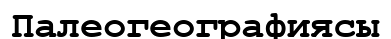
Палеогеографиясы